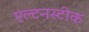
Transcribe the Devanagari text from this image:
एल्टनस्टीक